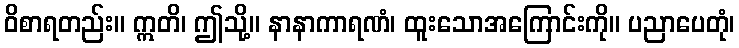
ဝိစာရတည်း။ ဣတိ၊ ဤသို့။ နာနာကာရဏံ၊ ထူးသောအကြောင်းကို။ ပညာပေတုံ၊